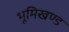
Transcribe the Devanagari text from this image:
भूमिखण्ड